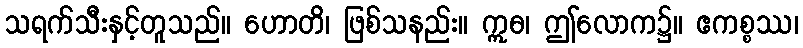
သရက်သီးနှင့်တူသည်။ ဟောတိ၊ ဖြစ်သနည်း။ ဣဓ၊ ဤလောက၌။ ဧကစ္စဿ၊